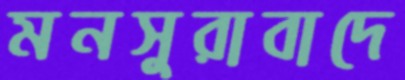
মনসুরাবাদে